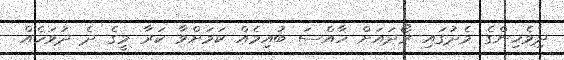
ދިވެހިންގެ މެދުގައި ރޯދައަށް ހާއްސަ ބުއިމެއް ކަމަށްވާ ކަރާ މީގެ ދެ ދުވަހެއް